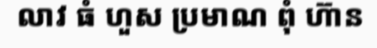
លាវ ធំ ហួស ប្រមាណ ពុំ ហ៊ាន